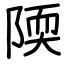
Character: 陾